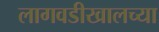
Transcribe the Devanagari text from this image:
लागवडीखालच्या